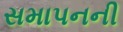
સમાપનની